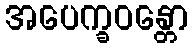
အပေက္ခဝန္တော